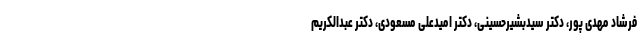
فرشاد مهدی پور، دکتر سیدبشیرحسینی، دکتر امیدعلی مسعودی، دکتر عبدالکریم